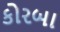
કોરબા